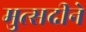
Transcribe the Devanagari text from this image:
मुत्सदीने